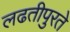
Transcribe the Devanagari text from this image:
लढतीपुरते